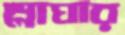
শ্লাঘার